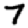
Digit: 7